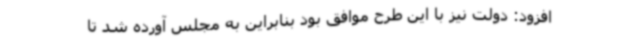
افزود: دولت نیز با این طرح موافق بود بنابراین به مجلس آورده شد تا